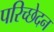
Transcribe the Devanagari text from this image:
परिच्छेदन